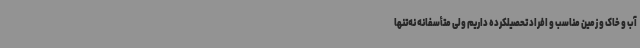
آب و خاک و زمین مناسب و افراد تحصیلکرده داریم ولی متأسفانه نه‌تنها